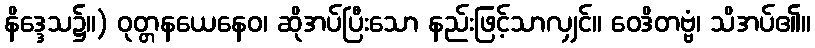
နိဒ္ဒေသ၌။) ဝုတ္တနယေနေဝ၊ ဆိုအပ်ပြီးသော နည်းဖြင့်သာလျှင်။ ဝေဒိတဗ္ဗံ၊ သိအပ်၏။